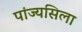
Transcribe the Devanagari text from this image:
पांज्यसिला